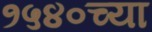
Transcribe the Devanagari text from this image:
१५४०च्या